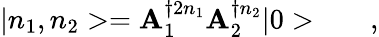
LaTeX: {}|n_{1},n_{2}>=\mathbf{A}_{1}^{\dagger2{n_{1}}}\mathbf{A}_{2}^{\dagger{n_{2}}}|0>\qquad,